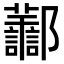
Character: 𨟪